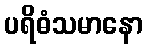
ပရိဓံသမာနော